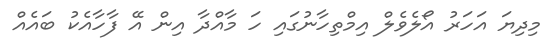
މިދިޔަ އަހަރު އޯލެވެލް އިމްތިހާނުގައި ހަ މާއްދާ އިން އޭ ފާހާއެކު ބައެއް